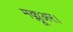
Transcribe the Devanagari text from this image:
मक्लूअर।